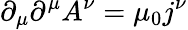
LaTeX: \partial_{\mu}\partial^{\mu}A^{\nu}=\mu_{0}j^{\nu}